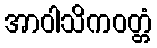
အာဝါသိကဝတ္တံ